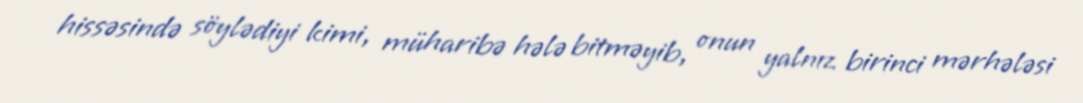
hissəsində söylədiyi kimi, müharibə hələ bitməyib, onun yalnız birinci mərhələsi